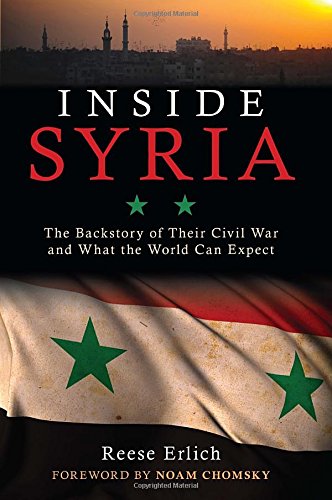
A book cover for Inside Syria: The Backstory of Their Civil War and What the World Can Expect; Reese Erlich; History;